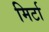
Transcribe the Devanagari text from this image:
मिर्टा